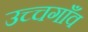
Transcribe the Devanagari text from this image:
उच्चगाँव